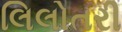
લિલોતરી